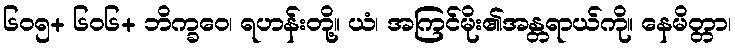
၆၀၅+ ၆၀၆+ ဘိက္ခဝေ၊ ရဟန်းတို့။ ယံ၊ အကြင်မိုး၏အန္တရာယ်ကို။ နေမိတ္တာ၊